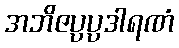
အဘိဇပ္ပပ္ပဒါရဏံ